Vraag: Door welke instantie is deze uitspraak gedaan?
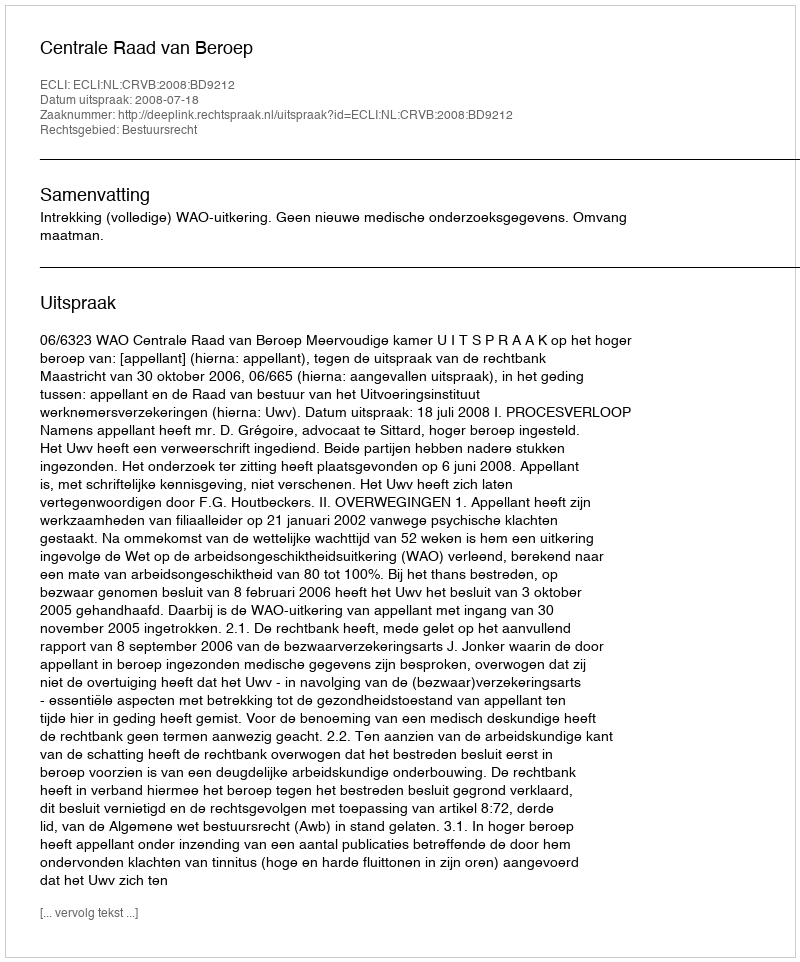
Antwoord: Centrale Raad van Beroep